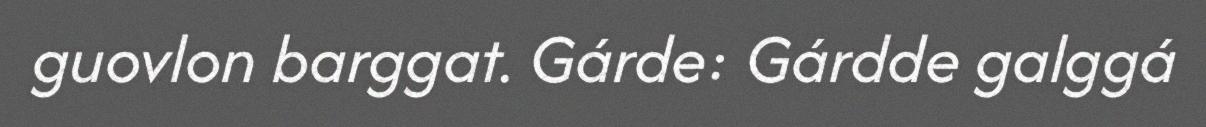
guovlon barggat. Gárde: Gárdde galggá